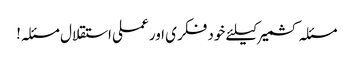
مسئلہ کشمیر کیلئے خود فکری اور عملی استقلال مسئلہ!